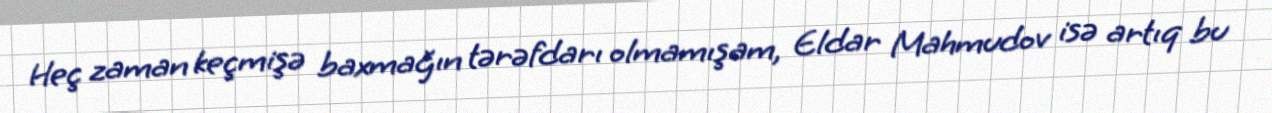
Heç zaman keçmişə baxmağın tərəfdarı olmamışam, Eldar Mahmudov isə artıq bu